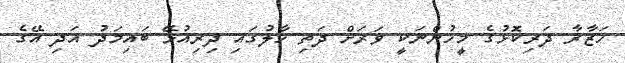
ހަޒާރާ ދަރިކޮޅުގެ މީހުންނަކީ ވަރަށް ދަތި ހާލުގައި ދިރިއުޅޭ ބައިމަދު އަދި އޭގެ